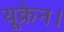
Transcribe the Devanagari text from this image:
यूक्रेन।